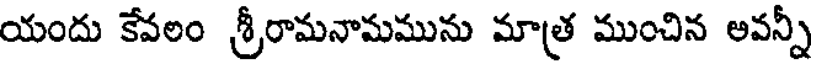
యందు కేవలం శ్రీరామనామమును మాత్ర ముంచిన అవన్నీ